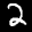
Label: 2